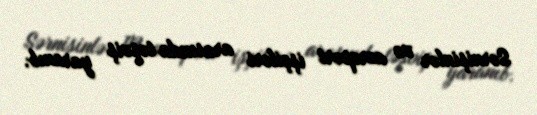
Sərnişinlər və aeroport işçiləri arasında təşviş yaranıb.